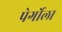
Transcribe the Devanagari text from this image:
पेर्गोला